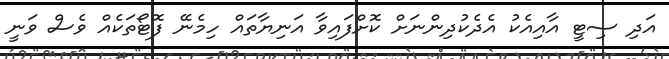
އަދި ސިޓީ އާއިއެކު އެދެކުދިންނަށް ކޮށްފައިވާ އަނިޔާތައް ހިމެނޭ ފޮޓޯތަކެއް ވެސް ވަނީ